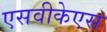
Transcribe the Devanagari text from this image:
एसवीकेएस